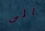
الى